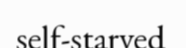
self-starved